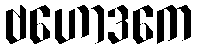
ဗဟောဒကေ